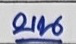
บน